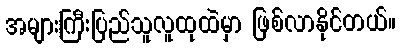
အများကြီးပြည်သူလူထုထဲမှာ ဖြစ်လာနိုင်တယ်။